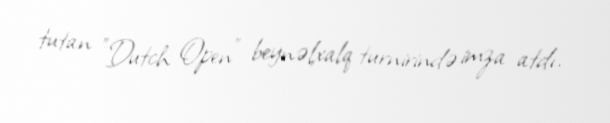
tutan "Dutch Open" beynəlxalq turnirində imza atdı.